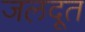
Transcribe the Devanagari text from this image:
जलदूत